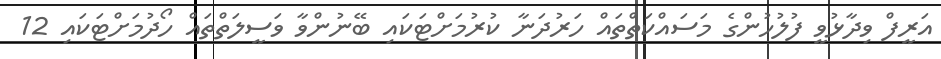
އަރީފް ވިދާޅުވީ ފުލުހުންގެ މަސައްކަތްތައް ހަރުދަނާ ކުރުމަށްޓަަކައި ބޭނުންވާ ވަސީލަތްތައް ހޯދުމަށްޓަކައި 12